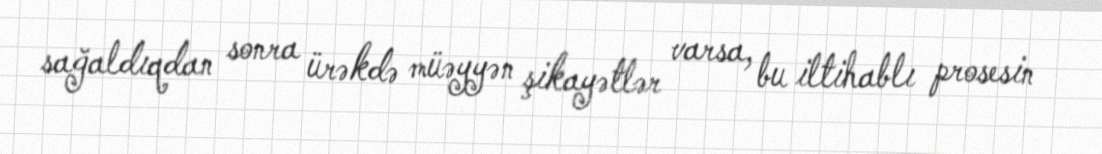
sağaldıqdan sonra ürəkdə müəyyən şikayətlər varsa, bu iltihablı prosesin